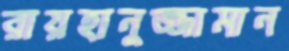
রায়হানুজ্জামান